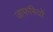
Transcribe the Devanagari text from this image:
जाफरियों